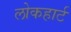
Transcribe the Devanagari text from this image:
लोकहार्ट